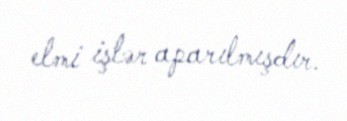
elmi işlər aparılmışdır.